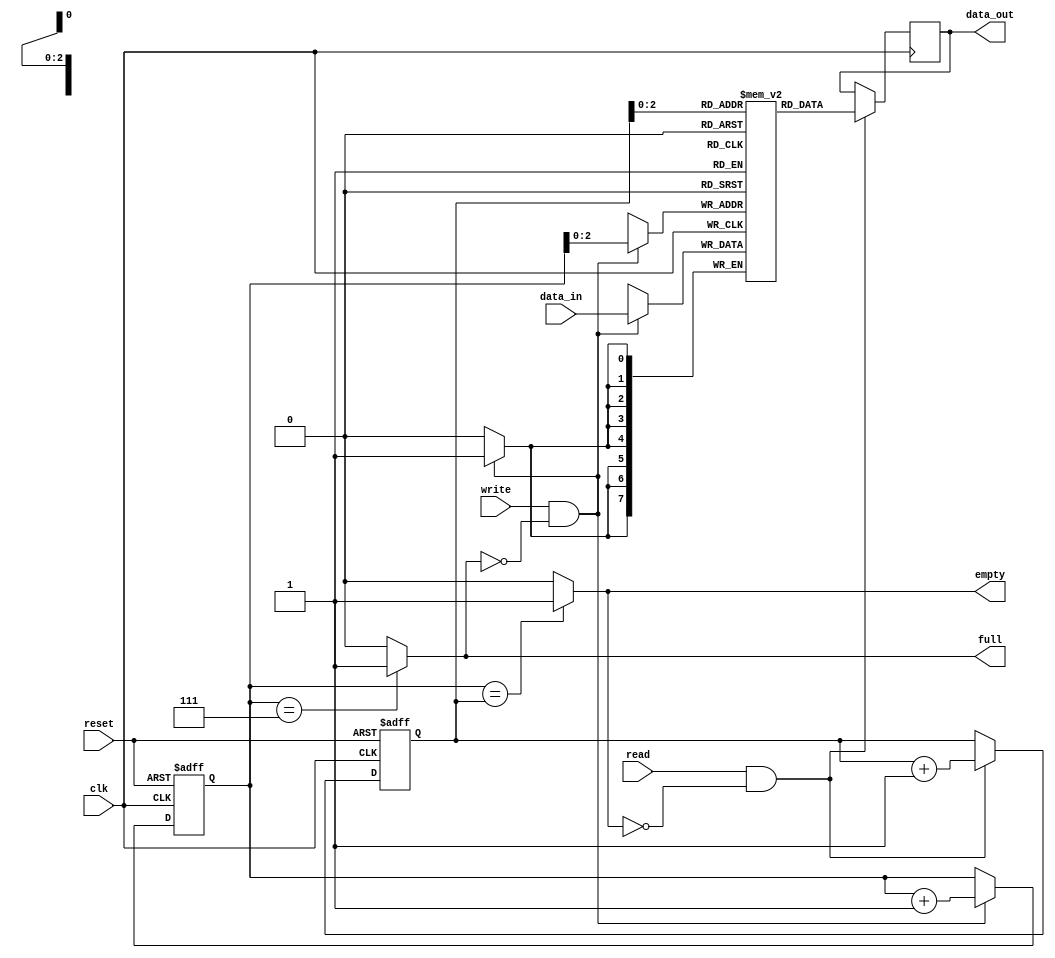
`timescale 1ns / 1ps
module synch_fifo #(parameter DATA_WIDTH = 8,
parameter DEPTH = 8)
(   input  clk,
    input  reset,
    input  write,
    input  read,
    input  [DATA_WIDTH-1:0] data_in,
    output reg[DATA_WIDTH-1:0] data_out,
    output full,
    output  empty);
reg [DATA_WIDTH-1:0] fifo[0:DEPTH-1];
reg [DEPTH-1:0] write_ptr;
reg [DEPTH-1:0] read_ptr;
always @(posedge clk or posedge reset) begin
    if (reset)
        write_ptr <= 0;
    else if (write && !full)
        write_ptr <= write_ptr + 1;
end
always @(posedge clk or posedge reset) begin
    if (reset)
        read_ptr <= 0;
    else if (read && !empty)
        read_ptr <= read_ptr + 1;
end
always @(posedge clk) begin
    if (write && !full)
        fifo[write_ptr] <= data_in;
end
always @(posedge clk) begin
    if (read && !empty)
        data_out <= fifo[read_ptr];
end

 assign full = (write_ptr == (DEPTH - 1)) ? 1'b1 : 1'b0;
assign empty = (write_ptr == read_ptr) ? 1'b1 : 1'b0;

endmodule